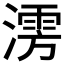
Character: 𰝃